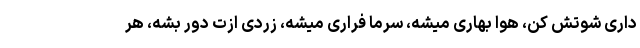
داری شوتش کن، هوا بهاری میشه، سرما فراری میشه، زردی ازت دور بشه، هر